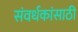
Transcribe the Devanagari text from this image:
संवर्धकांसाठी